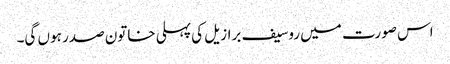
اس صورت میں روسیف برازیل کی پہلی خاتون صدر ہوں گی۔